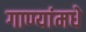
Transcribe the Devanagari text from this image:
गाण्यांमधे